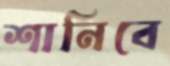
শানিবে